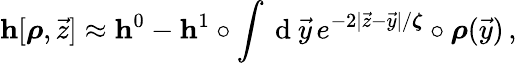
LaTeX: \mathbf{h}[\boldsymbol{\rho},\vec{z}]\approx\mathbf{h}^{0}-\mathbf{h}^{1}\circ\int\mathrm{~d~}\vec{y}\, e^{-2|\vec{z}-\vec{y}|/\boldsymbol{\zeta}}\circ\boldsymbol{\rho}(\vec{y})\, ,